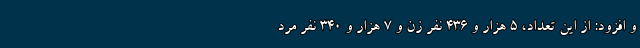
و افزود: از این تعداد، ۵ هزار و ۴۳۶ نفر زن و ۷ هزار و ۳۴۰ نفر مرد